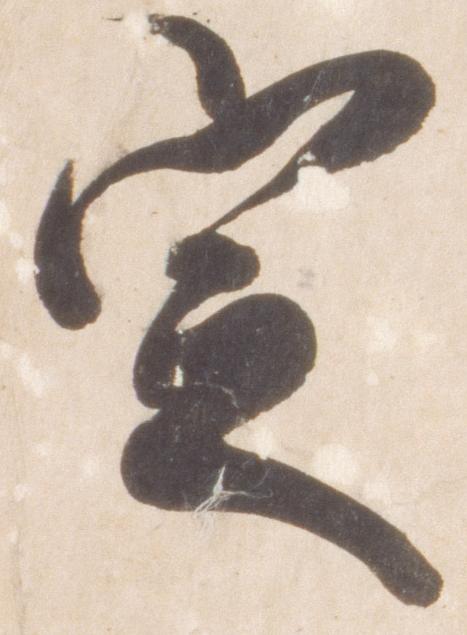
定